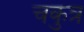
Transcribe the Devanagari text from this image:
चकुत्र